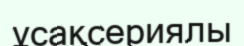
ұсақсериялы